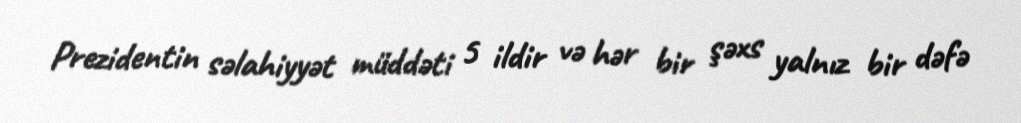
Prezidentin səlahiyyət müddəti 5 ildir və hər bir şəxs yalnız bir dəfə